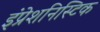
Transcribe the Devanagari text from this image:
इंप्रेशनिस्टिक